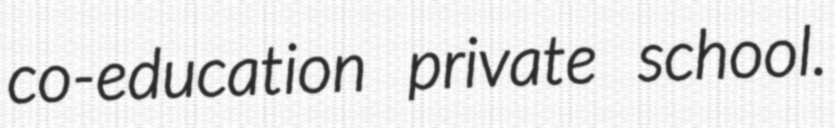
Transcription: co-education private school.